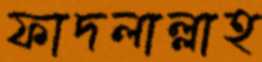
ফাদলাল্লাহ